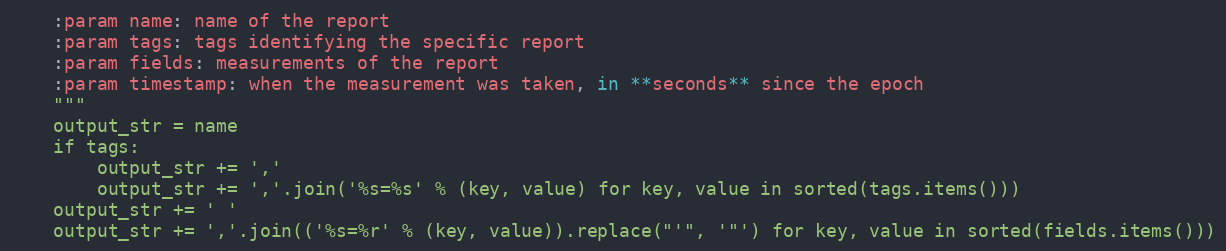
Language: Python
    :param name: name of the report
    :param tags: tags identifying the specific report
    :param fields: measurements of the report
    :param timestamp: when the measurement was taken, in **seconds** since the epoch
    """
    output_str = name
    if tags:
        output_str += ','
        output_str += ','.join('%s=%s' % (key, value) for key, value in sorted(tags.items()))
    output_str += ' '
    output_str += ','.join(('%s=%r' % (key, value)).replace("'", '"') for key, value in sorted(fields.items()))